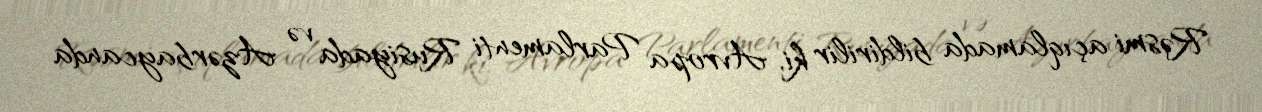
Rəsmi açıqlamada bildirilir ki, Avropa Parlamenti Rusiyada və Azərbaycanda